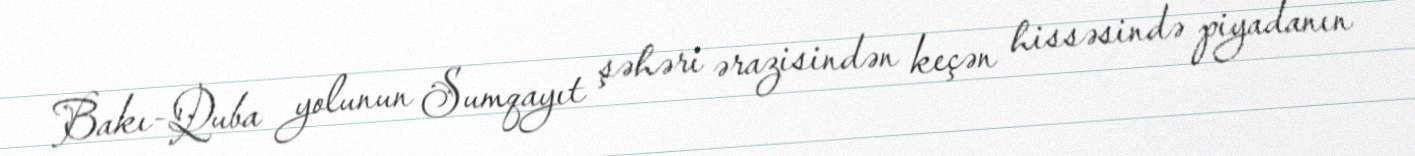
Bakı-Quba yolunun Sumqayıt şəhəri ərazisindən keçən hissəsində piyadanın